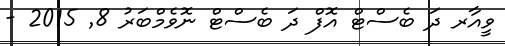
ވީއާރ ދަ ބެސްޓް އޮފް ދަ ބެސްޓް ނޮވެމްބަރު 8